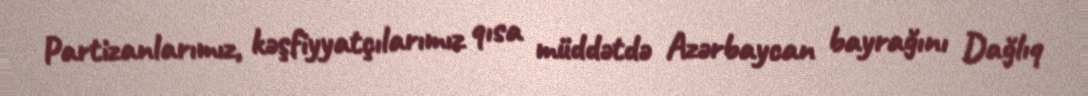
Partizanlarımız, kəşfiyyatçılarımız qısa müddətdə Azərbaycan bayrağını Dağlıq